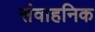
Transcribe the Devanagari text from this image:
संवाहनिक